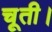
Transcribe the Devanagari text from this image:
चूती।